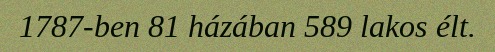
1787-ben 81 házában 589 lakos élt.